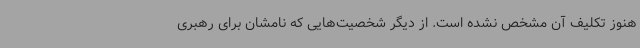
هنوز تکلیف آن مشخص نشده است. از دیگر شخصیت‌هایی که نامشان برای رهبری